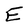
Character: E